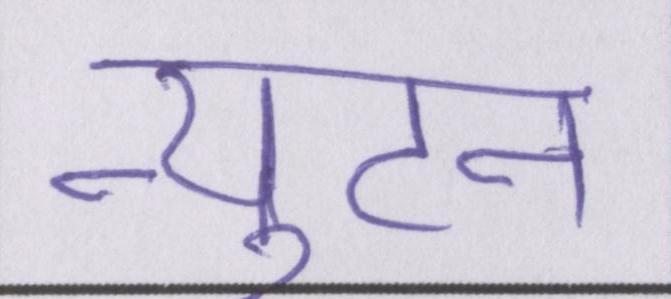
न्युटन